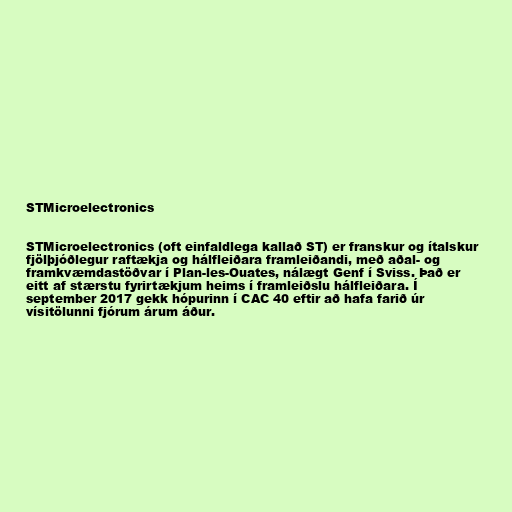
STMicroelectronics

STMicroelectronics (oft einfaldlega kallað ST) er franskur og ítalskur
fjölþjóðlegur raftækja og hálfleiðara framleiðandi, með aðal- og
framkvæmdastöðvar í Plan-les-Ouates, nálægt Genf í Sviss. Það er
eitt af stærstu fyrirtækjum heims í framleiðslu hálfleiðara. Í
september 2017 gekk hópurinn í CAC 40 eftir að hafa farið úr
vísitölunni fjórum árum áður.